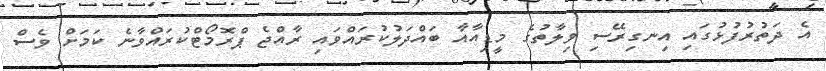
އެ ދަތުރުފުޅުގައި އިނގިރޭސި ވިލާތުގެ މީޑިއާއާ ބައްދަލުކުރައްވައި ރާއްޖެ ޕްރޮމޯޓްކުރައްވާނެ ކަމަށް ވެސް